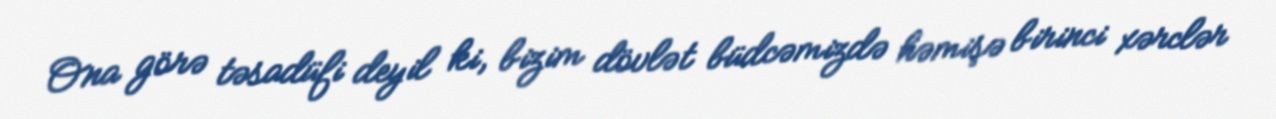
Ona görə təsadüfi deyil ki, bizim dövlət büdcəmizdə həmişə birinci xərclər